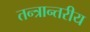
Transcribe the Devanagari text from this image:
तन्त्रान्तरीय